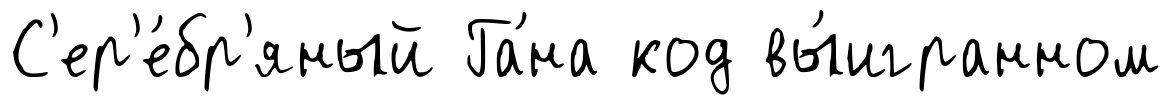
С'ер'е́бр'яный Га́на код вы́игранном